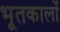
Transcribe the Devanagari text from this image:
भूतकालों